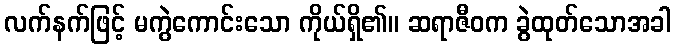
လက်နက်ဖြင့် မကွဲကောင်းသော ကိုယ်ရှိ၏။ ဆရာဇီဝက ခွဲထုတ်သောအခါ